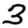
Digit: 3